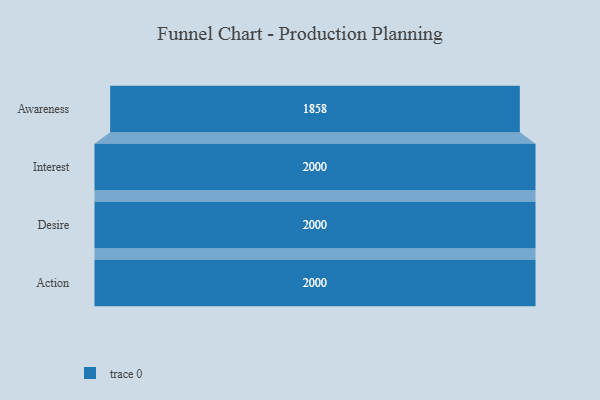
{"axis": {"x": "Stage", "y": "Value"}, "legend": [""], "data": [{"x": "Awareness", "y": 1858.0, "type": ""}, {"x": "Interest", "y": 2000, "type": ""}, {"x": "Desire", "y": 2000, "type": ""}, {"x": "Action", "y": 2000, "type": ""}]}